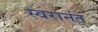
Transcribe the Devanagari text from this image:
स्वरानंत